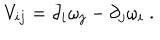
LaTeX: V _ { i j } = \partial _ { i } \omega _ { j } - \partial _ { j } \omega _ { i } \ .